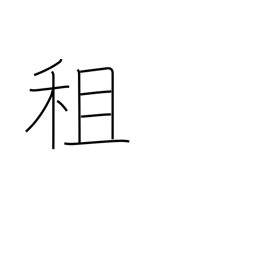
Meaning: borrowing